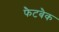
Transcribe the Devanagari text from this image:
फैटबैक